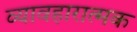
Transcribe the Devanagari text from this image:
व्यावहारात्मक